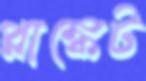
প্লাঙ্কেট